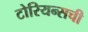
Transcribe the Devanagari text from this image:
टोरियन्सची